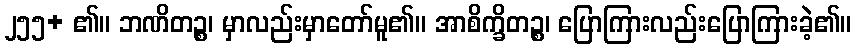
၂၅၅+ ၏။ ဘဏိတဉ္စ၊ မှာလည်းမှာတော်မူ၏။ အာစိက္ခိတဉ္စ၊ ပြောကြားလည်းပြောကြားခဲ့၏။